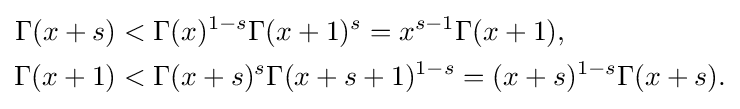
{\begin{aligned}\Gamma (x+s)&<\Gamma (x)^{1-s}\Gamma (x+1)^{s}=x^{s-1}\Gamma (x+1),\\\Gamma (x+1)&<\Gamma (x+s)^{s}\Gamma (x+s+1)^{1-s}=(x+s)^{1-s}\Gamma (x+s).\end{aligned}}